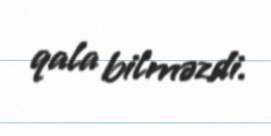
qala bilməzdi.